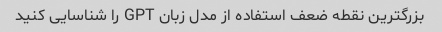
بزرگترین نقطه ضعف استفاده از مدل زبان GPT را شناسایی کنید